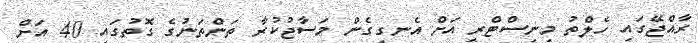
ރާއްޖޭގައި ހެލްތު މިނިސްޓްރީ އަށް އެނގިގެން މަސާޖުކުރާ ތަންތަނުގެ ގޮތުގައި 40 އަށް